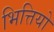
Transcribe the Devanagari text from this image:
भित्तियो